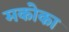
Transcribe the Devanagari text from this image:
मकोका